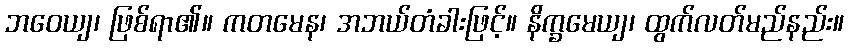
ဘဝေယျ၊ ဖြစ်ရာ၏။ ကတမေန၊ အဘယ်တံခါးဖြင့်။ နိက္ခမေယျ၊ ထွက်လတ်မည်နည်း။